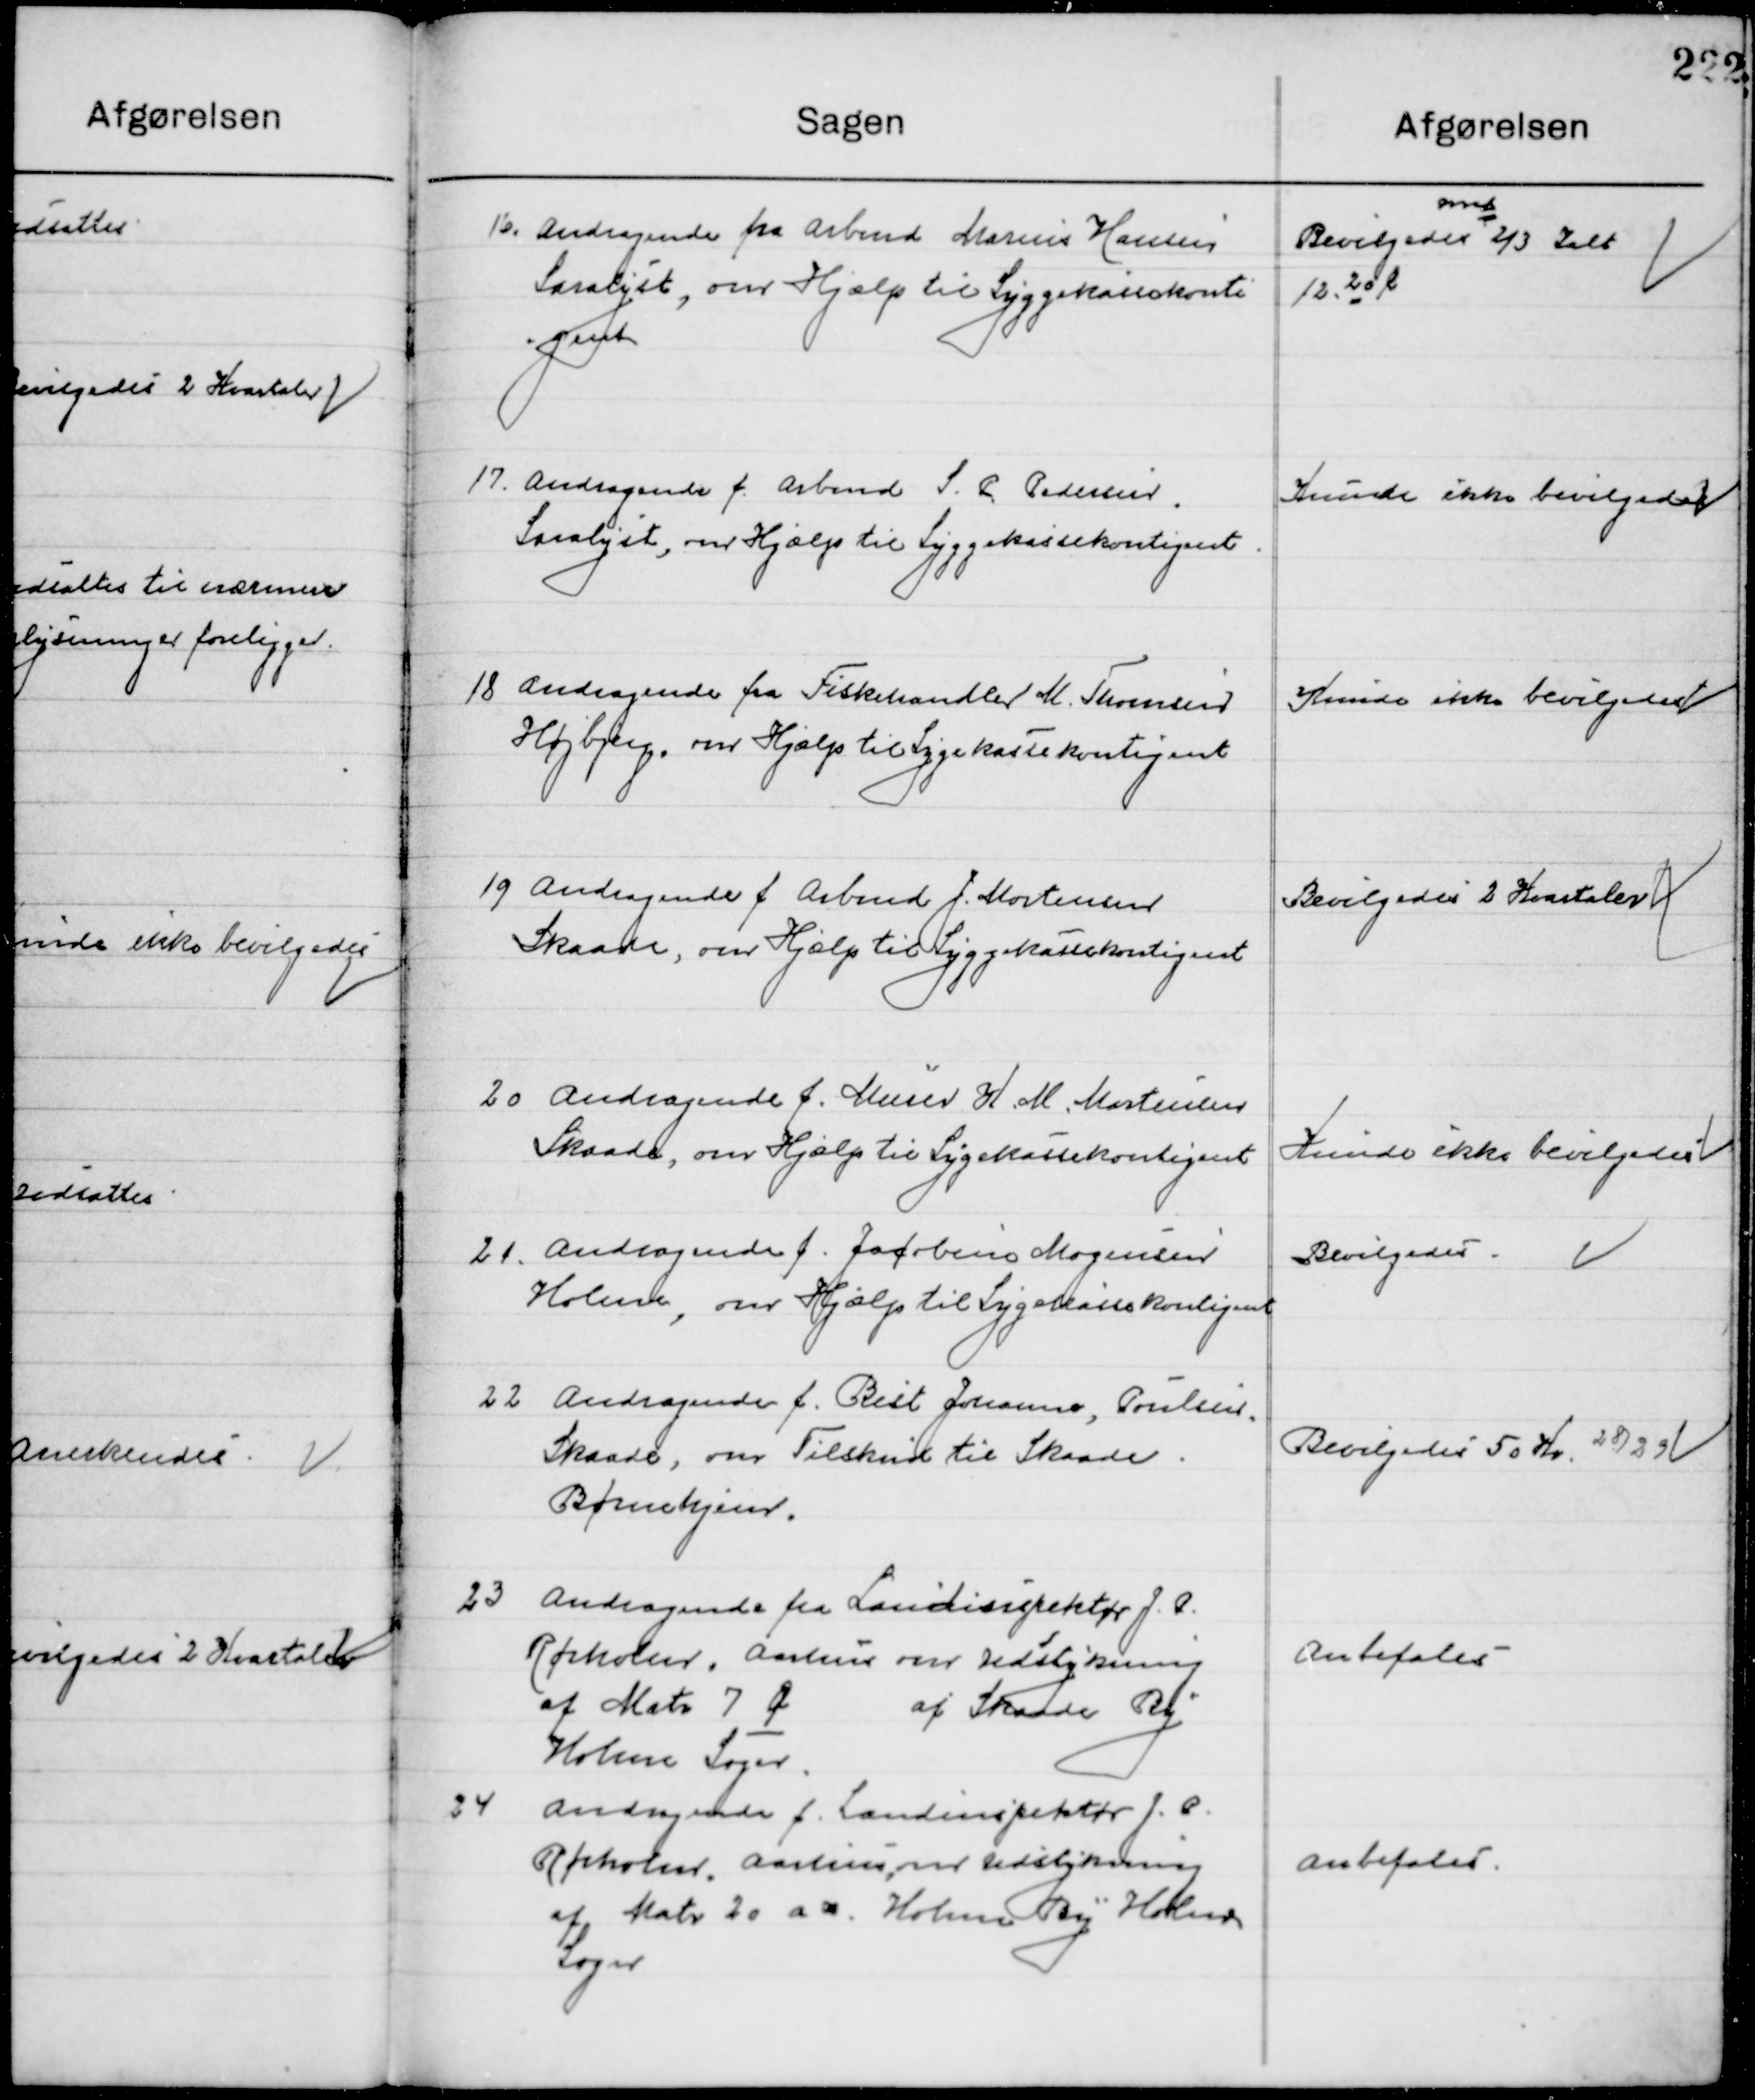
Transskription:
16

Andragende fra Arbmd. Marius Hansen
Saralyst, om Hjælp til Sygekassekontin-
gent.

Bevilgedes 
omt. 
43 I alt
12. 20 l

17

Andragende f. Arbmd. S. P. Pedersen 
Saralyst, om Hjælp til Sygekassekontingent.

Kunde ikke bevilgedes

18

Andragende fra Fiskerhandler M. Thomsen
Højbjerg, om Hjælp til Sygekassekontingent.

Kunde ikke bevilgedes

19

Andragende f. Arbmd. J. Mortesen
Skaade, om Hjælp til Sygekassekontingent.

Bevilgedes 2 Kvartaler

20

Andragende f. Murer H. M. Mortensen 
Skaade, om Hjælp til Sygekassekontingent.

Kunde ikke bevilgedes

21

Andragende f. Jacobine Mogensen
Holme, om Hjælp til Sygekassekontingent.

Bevilgedes

22

Andragende f. Brit Johanne, Poulsen
Skaade, om Tilskud til Skaade 
Børnehjem.

Bevilgedes 50 Kr. 28/29

23

Andragende fra Landinspektør J. P.
Rørholm, Aarhus om udstykning
af Matr. 7 Ø. af Skaade By
Holme Sogn.

Anbefales

24

Andragende f. Landinspektør J. P.
Rørholm, Aarhus om udstykning
af Matr. 20 a æ. Skaade By Holme 
Sogn.

Anbefales